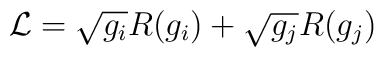
{\cal L} = \sqrt{g_i} R(g_i) + \sqrt{g_j} R(g_j)